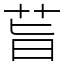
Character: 𦮂